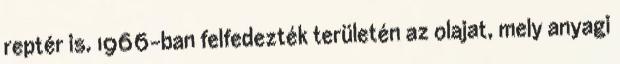
reptér is. 1966-ban felfedezték területén az olajat, mely anyagi